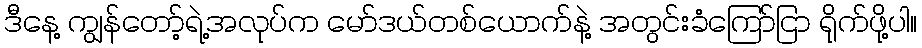
ဒီနေ့ ကျွန်တော့်ရဲ့အလုပ်က မော်ဒယ်တစ်ယောက်နဲ့ အတွင်းခံကြော်ငြာ ရိုက်ဖို့ပါ။